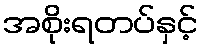
အစိုးရတပ်နှင့်